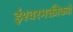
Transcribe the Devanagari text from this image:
ईश्‍वरभक्तीकडे